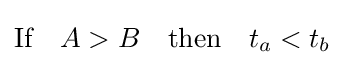
{\text{If}}\quad A>B\quad {\text{then}}\quad t_{a}<t_{b}